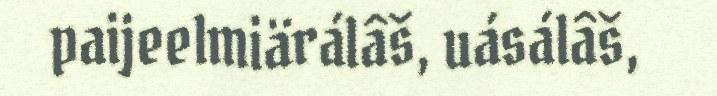
paijeelmiärálâš, uásálâš,